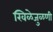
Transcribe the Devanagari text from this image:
खिळेजुळणी